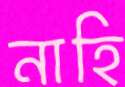
নাহি